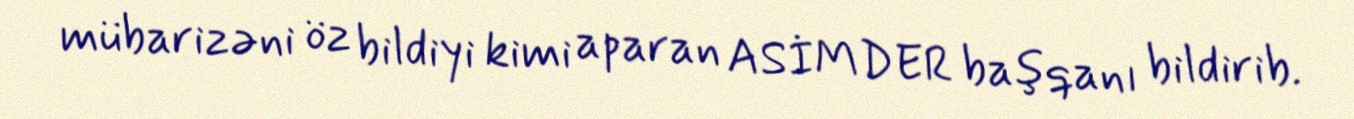
mübarizəni öz bildiyi kimi aparan ASİMDER başqanı bildirib.